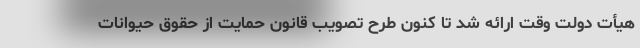
هیأت دولت وقت ارائه شد تا کنون طرح تصویب قانون حمایت از حقوق حیوانات